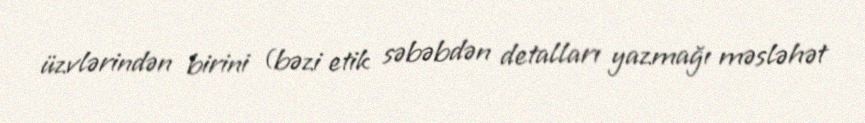
üzvlərindən birini (bəzi etik səbəbdən detalları yazmağı məsləhət